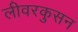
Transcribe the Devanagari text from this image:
लीवरकुसन